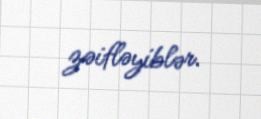
zəifləyiblər.